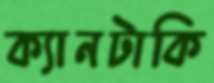
ক্যানটাকি